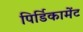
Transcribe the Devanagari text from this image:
पिर्डिकामेंट